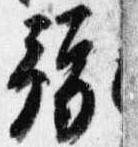
予